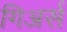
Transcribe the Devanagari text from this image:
गिअर्स